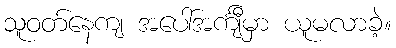
သူဝတ်နေကျ အပေါ်အင်္ကျီမှာ ယူမလာခဲ့။